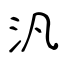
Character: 汎